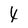
Character: 4